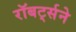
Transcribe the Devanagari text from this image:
रॉबर्ट्सने